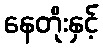
နေတိုးနှင့်